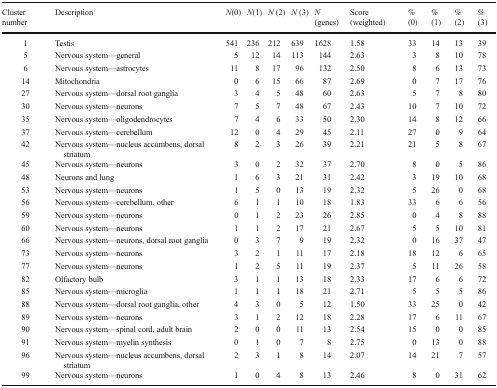
<table><thead><tr><td><b>Cluster number</b></td><td><b>Description</b></td><td><b><i>N</i>(0)</b></td><td><b><i>N</i>(1)</b></td><td><b><i>N</i> (2)</b></td><td><b><i>N</i> (3)</b></td><td><b><i>N</i> (genes)</b></td><td><b>Score (weighted)</b></td><td><b>% (0)</b></td><td><b>% (1)</b></td><td><b>% (2)</b></td><td><b>% (3)</b></td></tr></thead><tbody><tr><td>1</td><td>Testis</td><td>541</td><td>236</td><td>212</td><td>639</td><td>1628</td><td>1.58</td><td>33</td><td>14</td><td>13</td><td>39</td></tr><tr><td>5</td><td>Nervous system—general</td><td>5</td><td>12</td><td>14</td><td>113</td><td>144</td><td>2.63</td><td>3</td><td>8</td><td>10</td><td>78</td></tr><tr><td>6</td><td>Nervous system—astrocytes</td><td>11</td><td>8</td><td>17</td><td>96</td><td>132</td><td>2.50</td><td>8</td><td>6</td><td>13</td><td>73</td></tr><tr><td>14</td><td>Mitochondria</td><td>0</td><td>6</td><td>15</td><td>66</td><td>87</td><td>2.69</td><td>0</td><td>7</td><td>17</td><td>76</td></tr><tr><td>27</td><td>Nervous system—dorsal root ganglia</td><td>3</td><td>4</td><td>5</td><td>48</td><td>60</td><td>2.63</td><td>5</td><td>7</td><td>8</td><td>80</td></tr><tr><td>30</td><td>Nervous system—neurons</td><td>7</td><td>5</td><td>7</td><td>48</td><td>67</td><td>2.43</td><td>10</td><td>7</td><td>10</td><td>72</td></tr><tr><td>35</td><td>Nervous system—oligodendrocytes</td><td>7</td><td>4</td><td>6</td><td>33</td><td>50</td><td>2.30</td><td>14</td><td>8</td><td>12</td><td>66</td></tr><tr><td>37</td><td>Nervous system—cerebellum</td><td>12</td><td>0</td><td>4</td><td>29</td><td>45</td><td>2.11</td><td>27</td><td>0</td><td>9</td><td>64</td></tr><tr><td>42</td><td>Nervous system—nucleus accumbens, dorsal striatum</td><td>8</td><td>2</td><td>3</td><td>26</td><td>39</td><td>2.21</td><td>21</td><td>5</td><td>8</td><td>67</td></tr><tr><td>45</td><td>Nervous system—neurons</td><td>3</td><td>0</td><td>2</td><td>32</td><td>37</td><td>2.70</td><td>8</td><td>0</td><td>5</td><td>86</td></tr><tr><td>48</td><td>Neurons and lung</td><td>1</td><td>6</td><td>3</td><td>21</td><td>31</td><td>2.42</td><td>3</td><td>19</td><td>10</td><td>68</td></tr><tr><td>53</td><td>Nervous system—neurons</td><td>1</td><td>5</td><td>0</td><td>13</td><td>19</td><td>2.32</td><td>5</td><td>26</td><td>0</td><td>68</td></tr><tr><td>56</td><td>Nervous system—cerebellum, other</td><td>6</td><td>1</td><td>1</td><td>10</td><td>18</td><td>1.83</td><td>33</td><td>6</td><td>6</td><td>56</td></tr><tr><td>59</td><td>Nervous system—neurons</td><td>0</td><td>1</td><td>2</td><td>23</td><td>26</td><td>2.85</td><td>0</td><td>4</td><td>8</td><td>88</td></tr><tr><td>60</td><td>Nervous system—neurons</td><td>1</td><td>1</td><td>2</td><td>17</td><td>21</td><td>2.67</td><td>5</td><td>5</td><td>10</td><td>81</td></tr><tr><td>66</td><td>Nervous system—neurons, dorsal root ganglia</td><td>0</td><td>3</td><td>7</td><td>9</td><td>19</td><td>2.32</td><td>0</td><td>16</td><td>37</td><td>47</td></tr><tr><td>73</td><td>Nervous system—neurons</td><td>3</td><td>2</td><td>1</td><td>11</td><td>17</td><td>2.18</td><td>18</td><td>12</td><td>6</td><td>65</td></tr><tr><td>77</td><td>Nervous system—neurons</td><td>1</td><td>2</td><td>5</td><td>11</td><td>19</td><td>2.37</td><td>5</td><td>11</td><td>26</td><td>58</td></tr><tr><td>82</td><td>Olfactory bulb</td><td>3</td><td>1</td><td>1</td><td>13</td><td>18</td><td>2.33</td><td>17</td><td>6</td><td>6</td><td>72</td></tr><tr><td>85</td><td>Nervous system—microglia</td><td>1</td><td>1</td><td>1</td><td>18</td><td>21</td><td>2.71</td><td>5</td><td>5</td><td>5</td><td>86</td></tr><tr><td>88</td><td>Nervous system—dorsal root ganglia, other</td><td>4</td><td>3</td><td>0</td><td>5</td><td>12</td><td>1.50</td><td>33</td><td>25</td><td>0</td><td>42</td></tr><tr><td>89</td><td>Nervous system—neurons</td><td>3</td><td>1</td><td>2</td><td>12</td><td>18</td><td>2.28</td><td>17</td><td>6</td><td>11</td><td>67</td></tr><tr><td>90</td><td>Nervous system—spinal cord, adult brain</td><td>2</td><td>0</td><td>0</td><td>11</td><td>13</td><td>2.54</td><td>15</td><td>0</td><td>0</td><td>85</td></tr><tr><td>91</td><td>Nervous system—myelin synthesis</td><td>0</td><td>1</td><td>0</td><td>7</td><td>8</td><td>2.75</td><td>0</td><td>13</td><td>0</td><td>88</td></tr><tr><td>96</td><td>Nervous system—nucleus accumbens, dorsal striatum</td><td>2</td><td>3</td><td>1</td><td>8</td><td>14</td><td>2.07</td><td>14</td><td>21</td><td>7</td><td>57</td></tr><tr><td>99</td><td>Nervous system—neurons</td><td>1</td><td>0</td><td>4</td><td>8</td><td>13</td><td>2.46</td><td>8</td><td>0</td><td>31</td><td>62</td></tr></tbody></table>